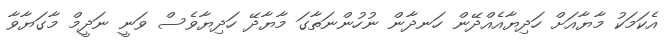
އެކަމަކު މާޔާއަށް ހަދިޔާއެއްދޭން ހަނދާން ނުހުންނަތާގަ މާޔާދޭ ހަދިޔާވެސް ވަނީ ނަދީމް މާގަޔާވާ